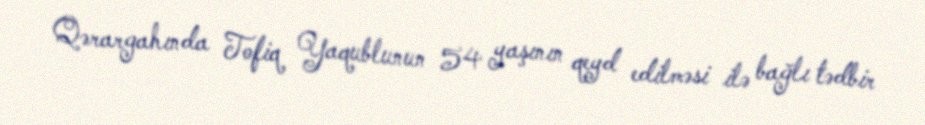
Qərargahında Tofiq Yaqublunun 54 yaşının qeyd edilməsi ilə bağlı tədbir